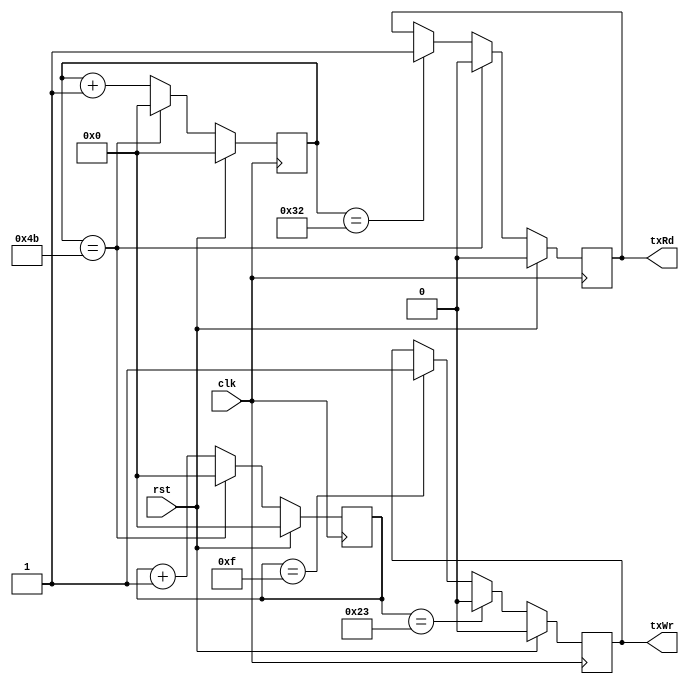
/*
  Name : Rakotojaona Nambinina
  email : Andrianoelisoa.Rakotojaona@gmail.com
  Description : Counter that generate tx and rx 
*/
module counter(
              clk,
              rst,
              txWr,
              txRd

    );
    input clk;
    input rst;
    output reg txWr;
    output reg txRd;
    
    reg [31:0] counterWr; 
    reg [31:0] counterRd;
    
    always @ (posedge clk)
      begin
        if (rst)
          begin
            counterWr <= 0;
            counterRd <= 0;
            txWr <=0;
            txRd <= 0;
          end 
        else
          begin
            counterRd <= counterRd +1;
            counterWr <= counterWr +1;
            // generate tx for write 
            if (counterWr ==32'd15)
              begin
                txWr <=1;
              end 
            if (counterWr == 32'd35)
              begin
                txWr <= 0;
              end
            // generate tx for read 
            if (counterRd == 32'd50 )
              begin
                txRd <= 1;
              end
            if (counterRd == 32'd75)
              begin
                txRd <= 0;
                counterRd <= 0;
                counterWr <= 0;
              end 
          end 
      end 
    
endmodule